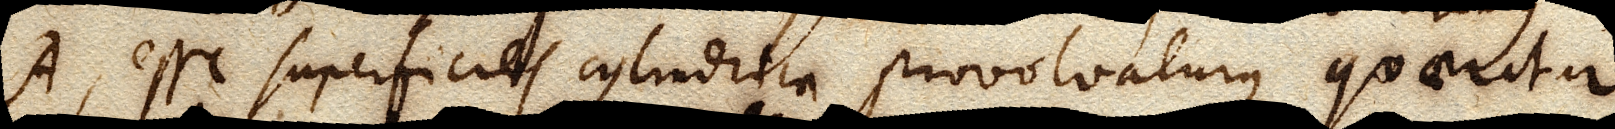
A, esse superficies cylindrica provolvaturque, quaeritur